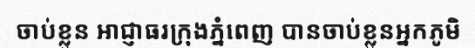
ចាប់ខ្លួន អាជ្ញាធរក្រុងភ្នំពេញ បានចាប់ខ្លួនអ្នកភូមិ